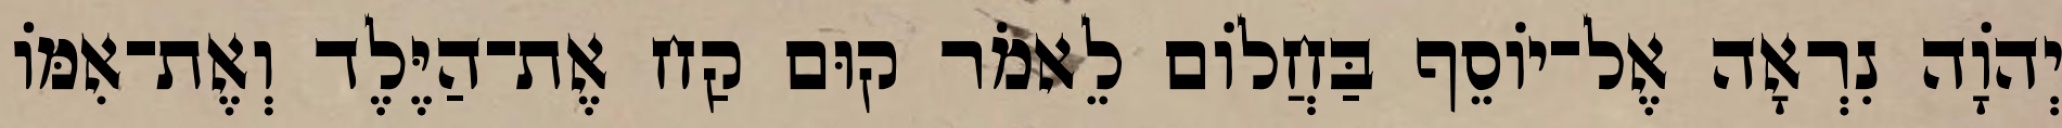
יְהוָֹה נִרְאָה אֶל־יוֹסֵף בַּחֲלוֹם לֵאמֹר קוּם קַח אֶת־הַיֶּלֶד וְאֶת־אִמּוֹ